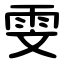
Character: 雯